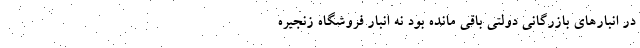
در انبارهای بازرگانی دولتی باقی مانده بود نه انبار فروشگاه زنجیره